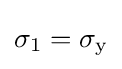
\sigma _{1}=\sigma _{\text{y}}\,\!